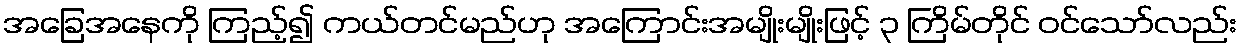
အခြေအနေကို ကြည့်၍ ကယ်တင်မည်ဟု အကြောင်းအမျိုးမျိုးဖြင့် ၃ ကြိမ်တိုင် ဝင်သော်လည်း